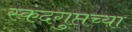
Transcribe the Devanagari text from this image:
स्कंदगुप्तच्या